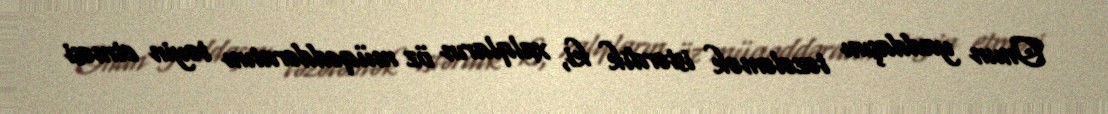
Onun yaddaşını təzələmək istərdik ki, xalqların öz müqəddəratını təyin etməsi